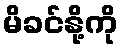
မိခင်နို့ကို